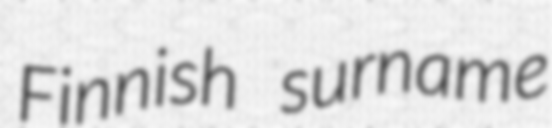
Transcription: Finnish surname